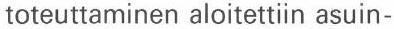
toteuttaminen aloitettiin asuin-